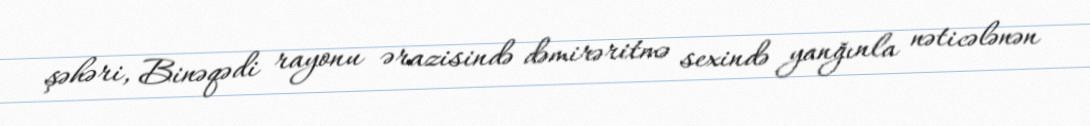
şəhəri, Binəqədi rayonu ərazisində dəmirəritmə sexində yanğınla nəticələnən